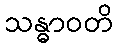
သန္ဓာဝတိ